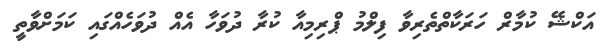
އަކްޝޭ ކުމާރް ހަރަކާތްތެރިވާ ފިލްމު ޕްރިމިއާ ކުރާ ދުވަހާ އެއް ދުވަހެއްގައި ކަމަށްވާތީ